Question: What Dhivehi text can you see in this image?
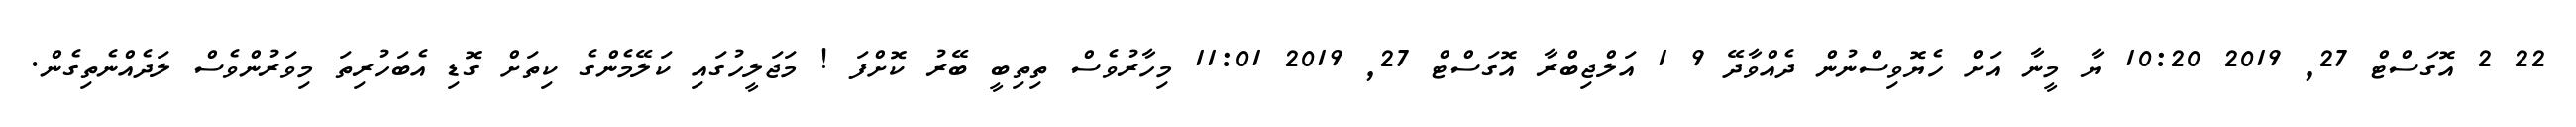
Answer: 22 2 އޮގަސްޓް 27, 2019 10:20 ޔާ މީނާ އަށް ހެޔޮވިސްނުން ދެއްވާދޭ 9 1 އަލްޖިބްރާ އޮގަސްޓް 27, 2019 11:01 މިހާރުވެސް ތިތިބީ ބޭރު ކޮށްފަ ! މަޖަލީހުގައި ކަލޭމެންގެ ކިތަށް ގޮޑި އެބަހުރިތަ މިވަރުންވެސް ލަދެއްނެތިގެން.